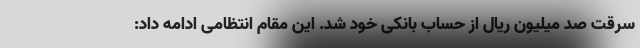
سرقت صد میلیون ریال از حساب بانکی خود شد. این مقام انتظامی ادامه داد: